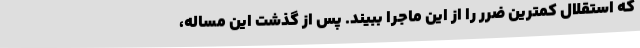
که استقلال کمترین ضرر را از این ماجرا ببیند. پس از گذشت این مساله،